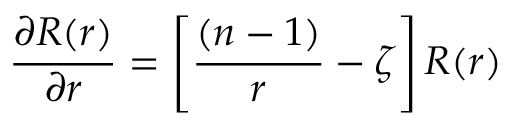
{ \frac { \partial R ( r ) } { \partial r } } = \left[ { \frac { ( n - 1 ) } { r } } - \zeta \right] R ( r )